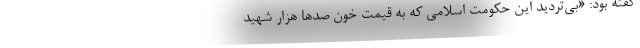
گفته بود: «بى‌ترديد اين حكومت اسلامى كه به قيمت خون صدها هزار شهيد